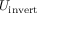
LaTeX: U _ { \mathrm { i n v e r t } }